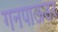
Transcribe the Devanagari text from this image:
गनपाऊडर